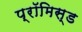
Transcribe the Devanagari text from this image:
प्रॉमिस्ड